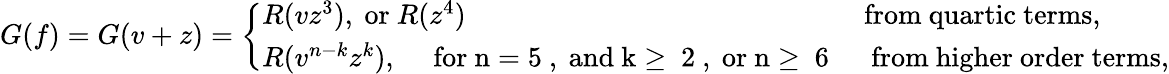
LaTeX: \begin{array}{r}{G(f)=G(v+z)=\left\{ \begin{array}{ll}{R(vz^{3}),\mathrm{~or~}R(z^{4})}&{\mathrm{from~quartic~terms,}}\\ {R(v^{n-k}z^{k}),\quad\mathrm{~for~n=5~,~and~k\ge~2~,~or~n\ge~6~}}&{\mathrm{~from~higher~order~terms},}\end{array}\right.}\end{array}